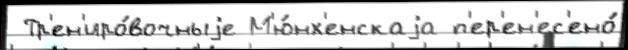
 Тр'ен'иро́вочныjе М'ю́нх'енскаjа п'ер'ен'ес'ено́